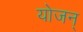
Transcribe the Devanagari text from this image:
योजन्